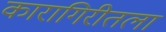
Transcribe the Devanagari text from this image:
कारागिरीतला